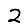
Digit: 2